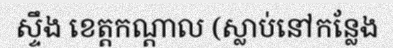
ស្ទឹង ខេត្តកណ្តាល (ស្លាប់នៅកន្លែង